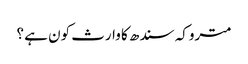
متروکہ سندھ کا وارث کون ہے ؟